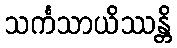
သင်္ကသာယိဿန္တိ